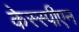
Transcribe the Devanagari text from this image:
केस्स्पीएन